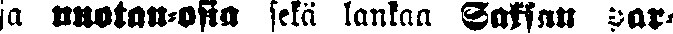
ja nuotan-oksia sekä lankaa Saksan par-